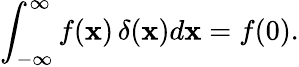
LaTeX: \int_{-\infty}^{\infty}f(\mathbf{x})\, \delta(\mathbf{x})d\mathbf{x}=f(0).